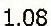
1.08